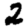
Digit: 2